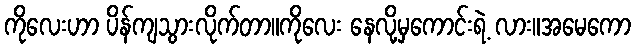
ကိုလေးဟာ ပိန်ကျသွားလိုက်တာ။ကိုလေး နေလို့မှကောင်းရဲ့ လား။အမေကော